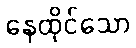
နေထိုင်သော